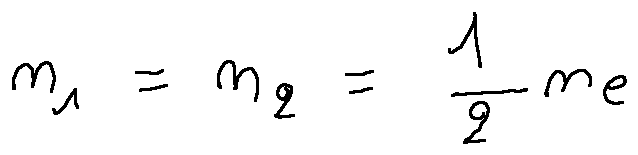
n _ { 1 } = n _ { 2 } = \frac { 1 } { 2 } n _ { e }